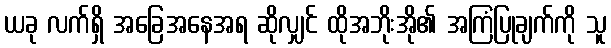
ယခု လက်ရှိ အခြေအနေအရ ဆိုလျှင် ထိုအဘိုးအို၏ အကြံပြုချက်ကို သူ